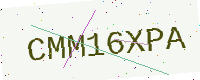
Text: CMM16XPA